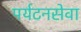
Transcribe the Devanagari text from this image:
पर्यटनसेवा